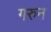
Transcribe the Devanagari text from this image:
गरुन